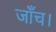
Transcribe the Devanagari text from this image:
जाँच।